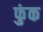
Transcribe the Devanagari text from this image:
फुंक